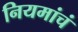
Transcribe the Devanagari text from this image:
नियमांचं